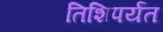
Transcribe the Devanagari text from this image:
तिशिपर्यंत